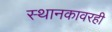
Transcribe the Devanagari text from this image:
स्थानकावरही